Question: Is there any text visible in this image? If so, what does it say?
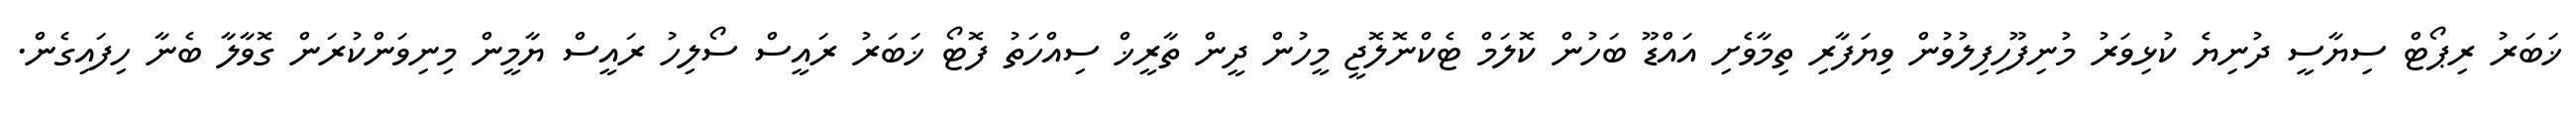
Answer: ޚަބަރު ރިޕޯޓް ސިޔާސީ ދުނިޔެ ކުޅިވަރު މުނިފޫހިފިލުވުން ވިޔަފާރި ތިމާވެށި އައްޑޫ ބަހުން ކޮލަމް ޓެކްނޮލޮޖީ މީހުން ދީން ތާރީޚް ސިއްހަތު ފޮޓޯ ޚަބަރު ރައީސް ސޯލިހު ރައީސް ޔާމީން މިނިވަންކުރަން ގޮވާލާ ބެނާ ހިފައިގެން.